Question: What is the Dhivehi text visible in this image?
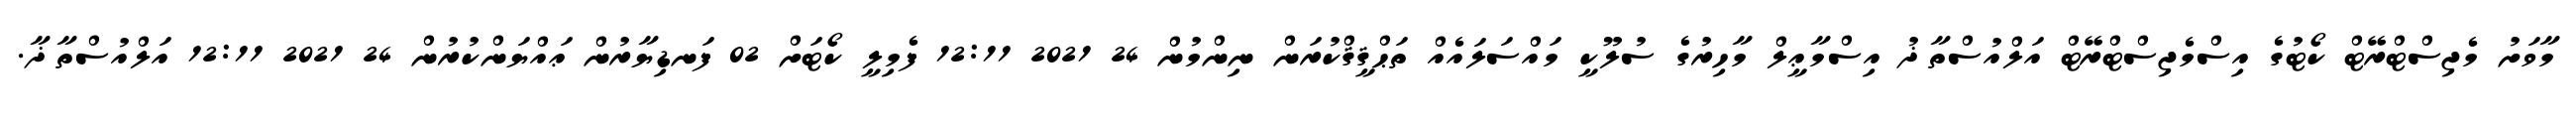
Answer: މާވަށު މެޖިސްޓްރޭޓް ކޯޓުގެ އިސްމެޖިސްޓްރޭޓް އަލްއުސްތާޛު އިސްމާޢީލް މާހިރުގެ ސުލޫކީ މައްސަލައެއް ތަޙްޤީޤްކުރަން ނިންމުން 24 2021 12:11 ފެމިލީ ކޯޓަށް 02 ފަނޑިޔާރުން ޢައްޔަންކުރުން 24 2021 12:11 އަލްއުސްތާޛާ.